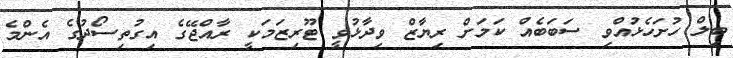
ބިލް ހުށަހެޅުއްވި ސަބަބެއް ކަމަށް ރިޔާޒް ވިދާޅުވީ ޓޫރިޒަމަކީ ރާއްޖޭގެ އިގުތިސޯދުގެ އެންމެ